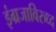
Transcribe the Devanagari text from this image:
इंग्रजाविरुध्द